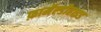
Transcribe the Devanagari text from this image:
फ़ार्मेल्डीहाइड